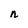
Character: n